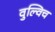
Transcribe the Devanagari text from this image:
वुल्विच